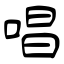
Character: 唱